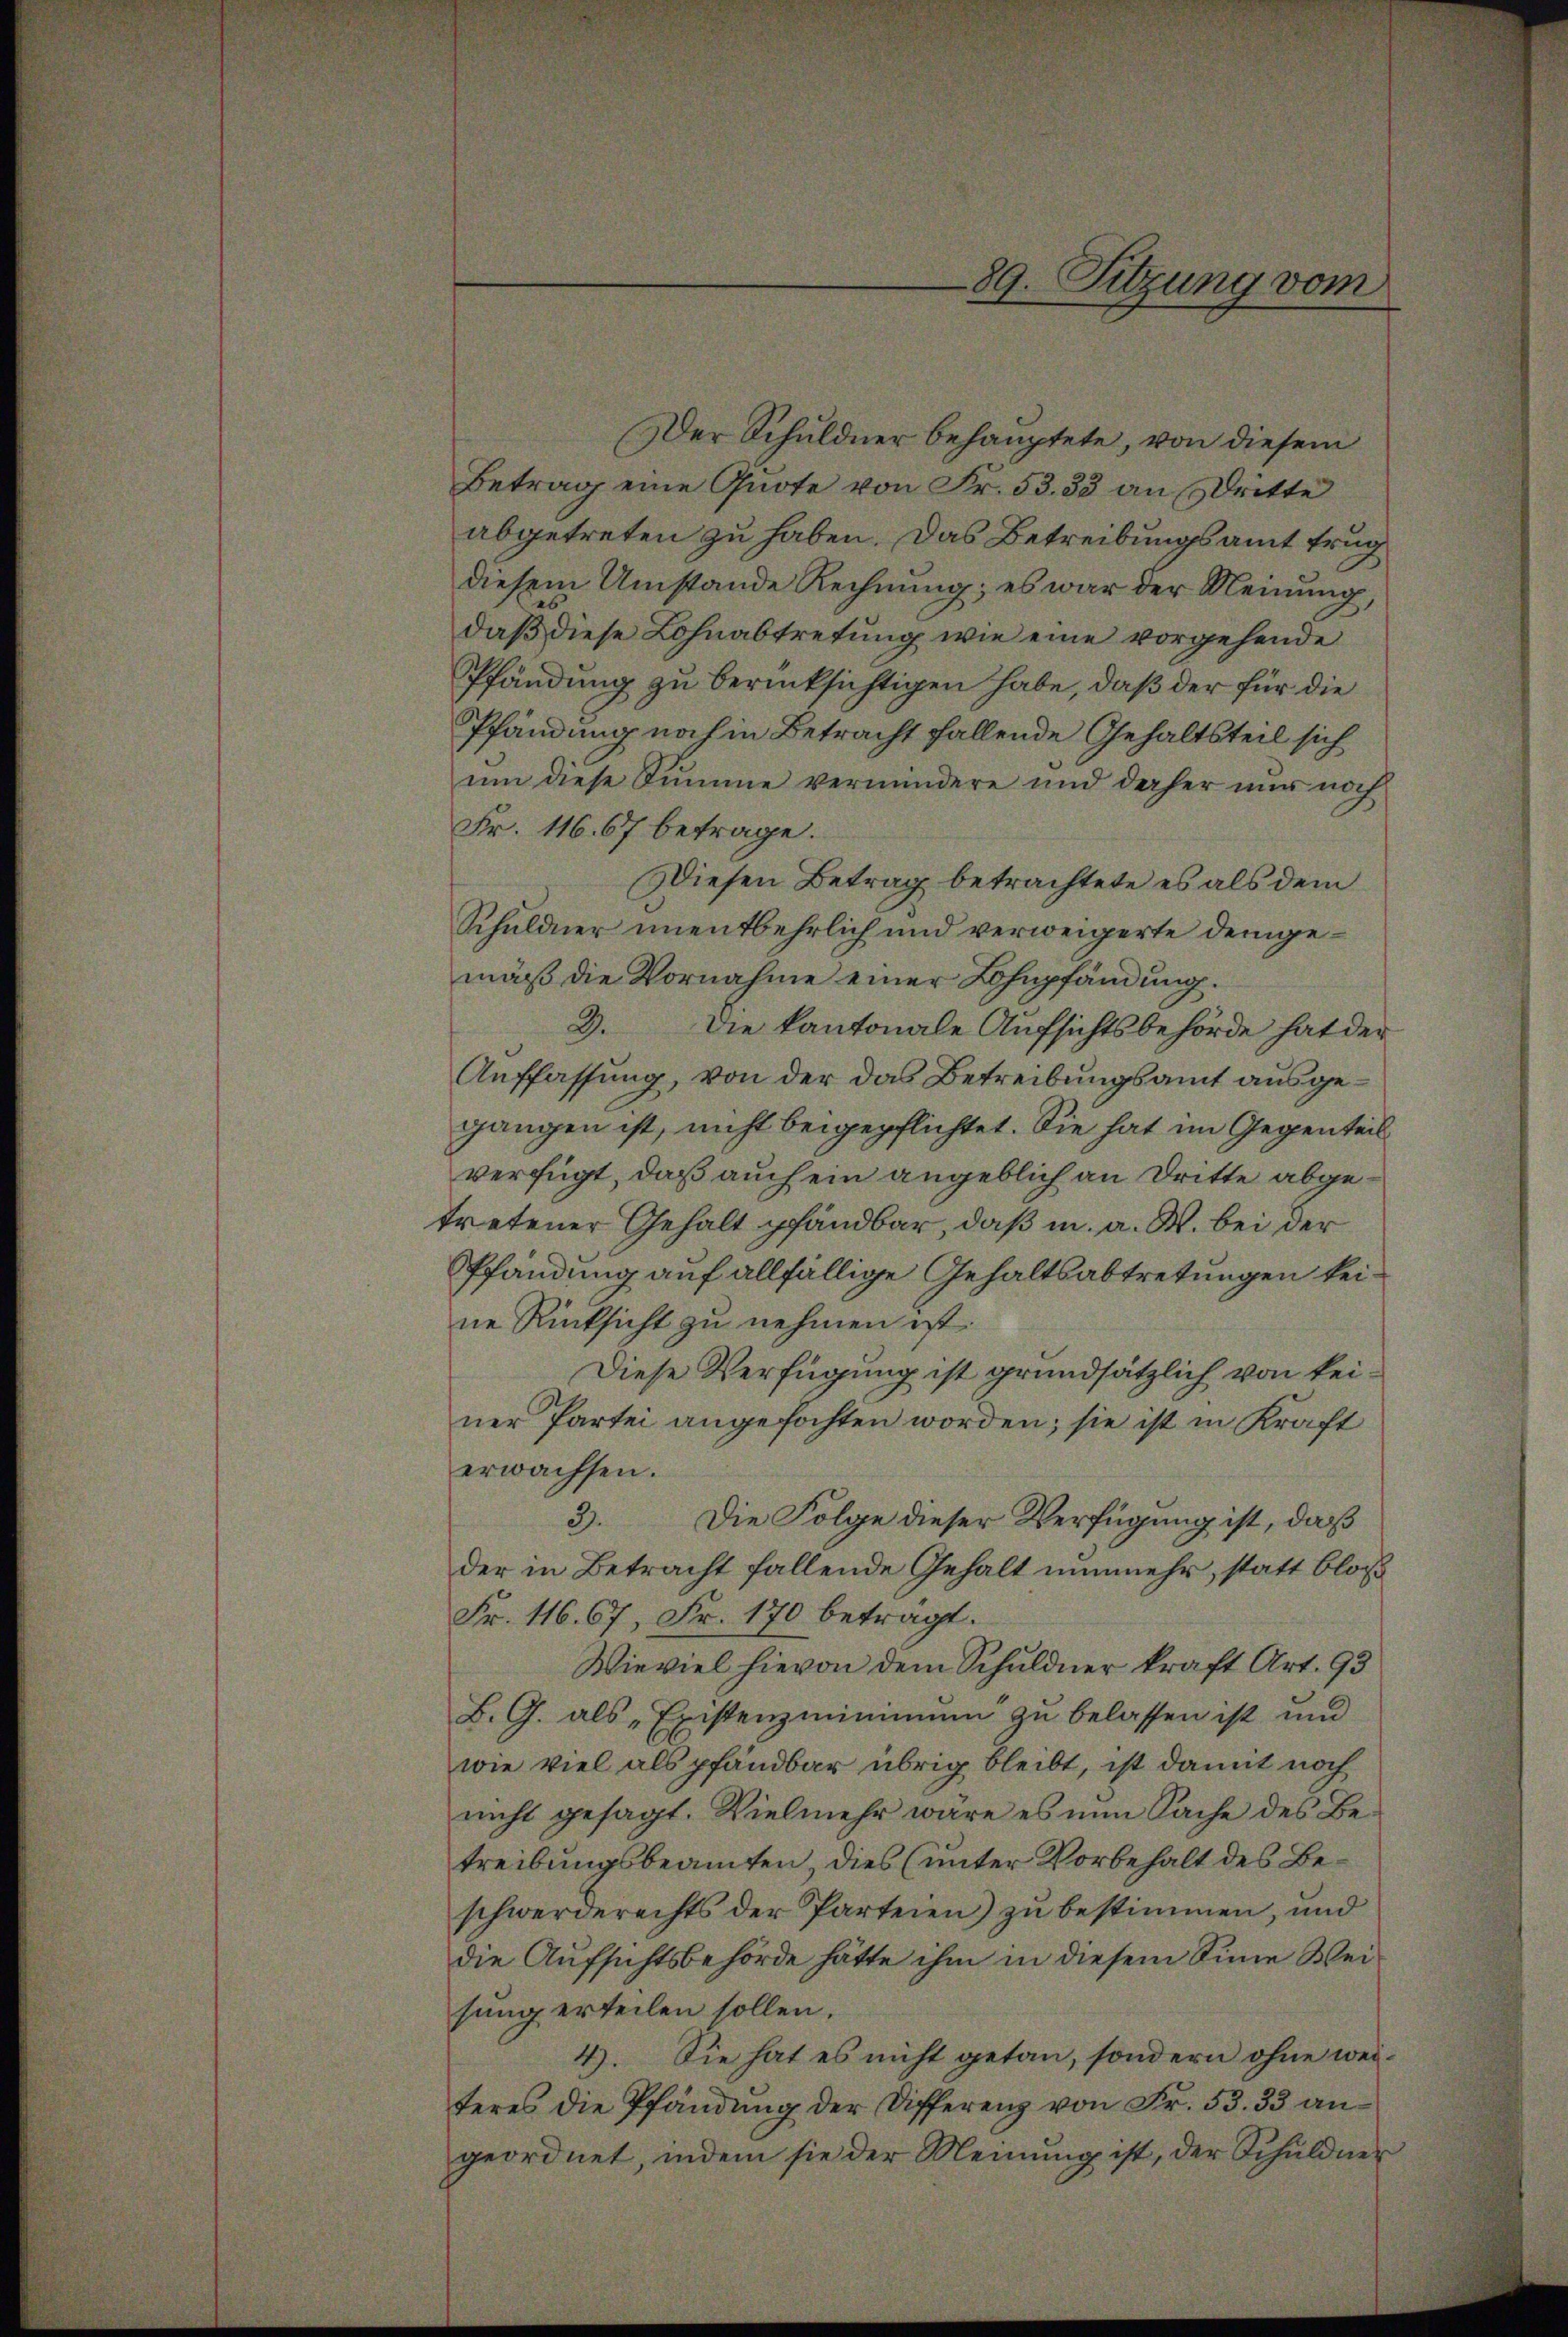
Der Schuldner behauptete, von diesem
Betrag eine Quote von Fr. 53. 33 an Dritte
abgetreten zu haben. Das Betreibungsamt trug
diesem Umstände Rechnung; es war der Meinung,
daß diese Lohnabtretung wie eine vorgehende
Pfändung zu berücksichtigen habe, daß der für die
Pfändung noch in Betracht fallende Gehaltsteil sich
um diese Summe vermindere und daher nur noch
Fr. 116. 67 betrage.
Diesen Betrag betrachtete es als dem
Schuldner unentbehrlich und verweigerte demgemäß die Vornahme einer Lohnpfändung.
2.
Die kantonale Aufsichtsbehörde hat der
Auffassung, von der das Betreibungsamt ausgegangen ist, nicht beigepflichtet. Sie hat im Gegenteil
verfügt, daß auch ein angeblich an Dritte abgetretener Gehalt pfandbar, daß in a. W. bei der
Pfändung auf allfällige Gehaltsabtretungen keine Rücksicht zu nehmen ist.
Diese Verfügung ist grundsätzlich von keiner Partei angefochten worden; sie ist in Kraft
erwachsen.
Die Folge dieser Verfügung ist, daß
3.
der in Betracht fallende Gehalt nunmehr, statt bloß
Fr. 116. 67, Fr. 170 betragt.
Wieviel hievon dem Schuldner kraft Art. 93
B. G. als „Existenzminimum zu belassen ist und
wie viel als pfandbar übrig bleibt, ist damit noch
nicht gesagt. Vielmehr wäre es nun Sache des Betreibungsbeamten, dies (unter Vorbehalt des Beschwerderechts der Parteien) zu bestimmen, und
die Aufsichtsbehörde hätte ihm in diesem Sinne Weisung erteilen sollen.
4). Sie hat es nicht getan, sondern ohne weiteres die Pfändung der Differenz von Fr. 53. 33 angeordnet, indem sie der Meinung ist, der Schuldner

89. Sitzung vom